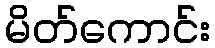
မိတ်ကောင်း